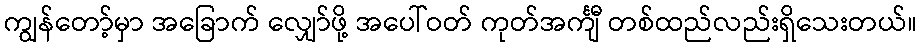
ကျွန်တော့်မှာ အခြောက် လျှော်ဖို့ အပေါ်ဝတ် ကုတ်အင်္ကျီ တစ်ထည်လည်းရှိသေးတယ်။